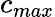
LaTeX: c_{max}